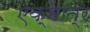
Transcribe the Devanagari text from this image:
एक्मात्र